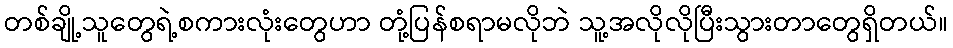
တစ်ချို့သူတွေရဲ့စကားလုံးတွေဟာ တုံ့ပြန်စရာမလိုဘဲ သူ့အလိုလိုပြီးသွားတာတွေရှိတယ်။